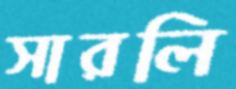
সারলি